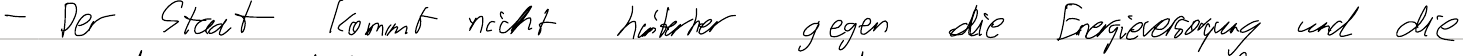
- Der Staat kommt nicht hinterher gegen die Energieversorgung und die